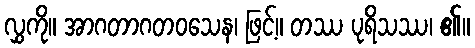
လွှကို။ အာဂတာဂတဝသေန၊ ဖြင့်။ တဿ ပုရိသဿ၊ ၏။